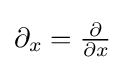
{\textstyle \partial _{x}={\frac {\partial }{\partial x}}}